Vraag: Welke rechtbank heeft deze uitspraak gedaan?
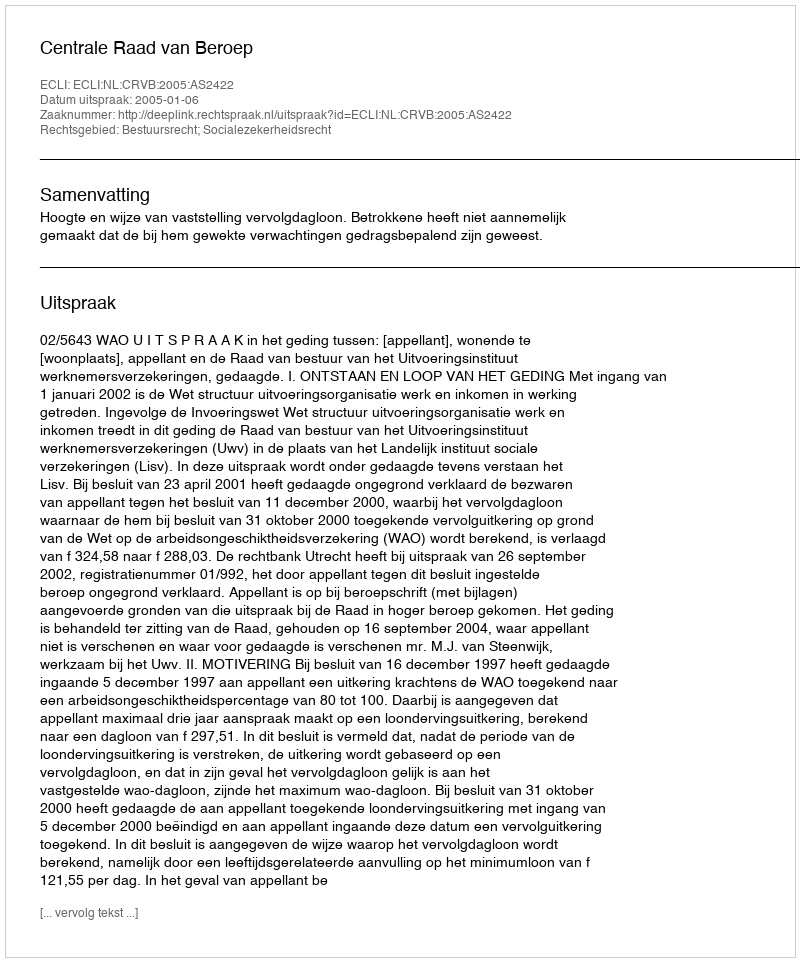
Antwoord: Centrale Raad van Beroep